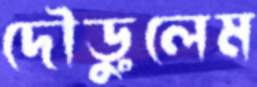
দৌড়ুলেম